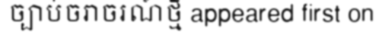
ច្បាប់ចរាចរណ៍ថ្មី appeared first on